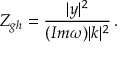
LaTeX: Z _ { g h } = \frac { | y | ^ { 2 } } { ( I m \omega ) | k | ^ { 2 } } \, .